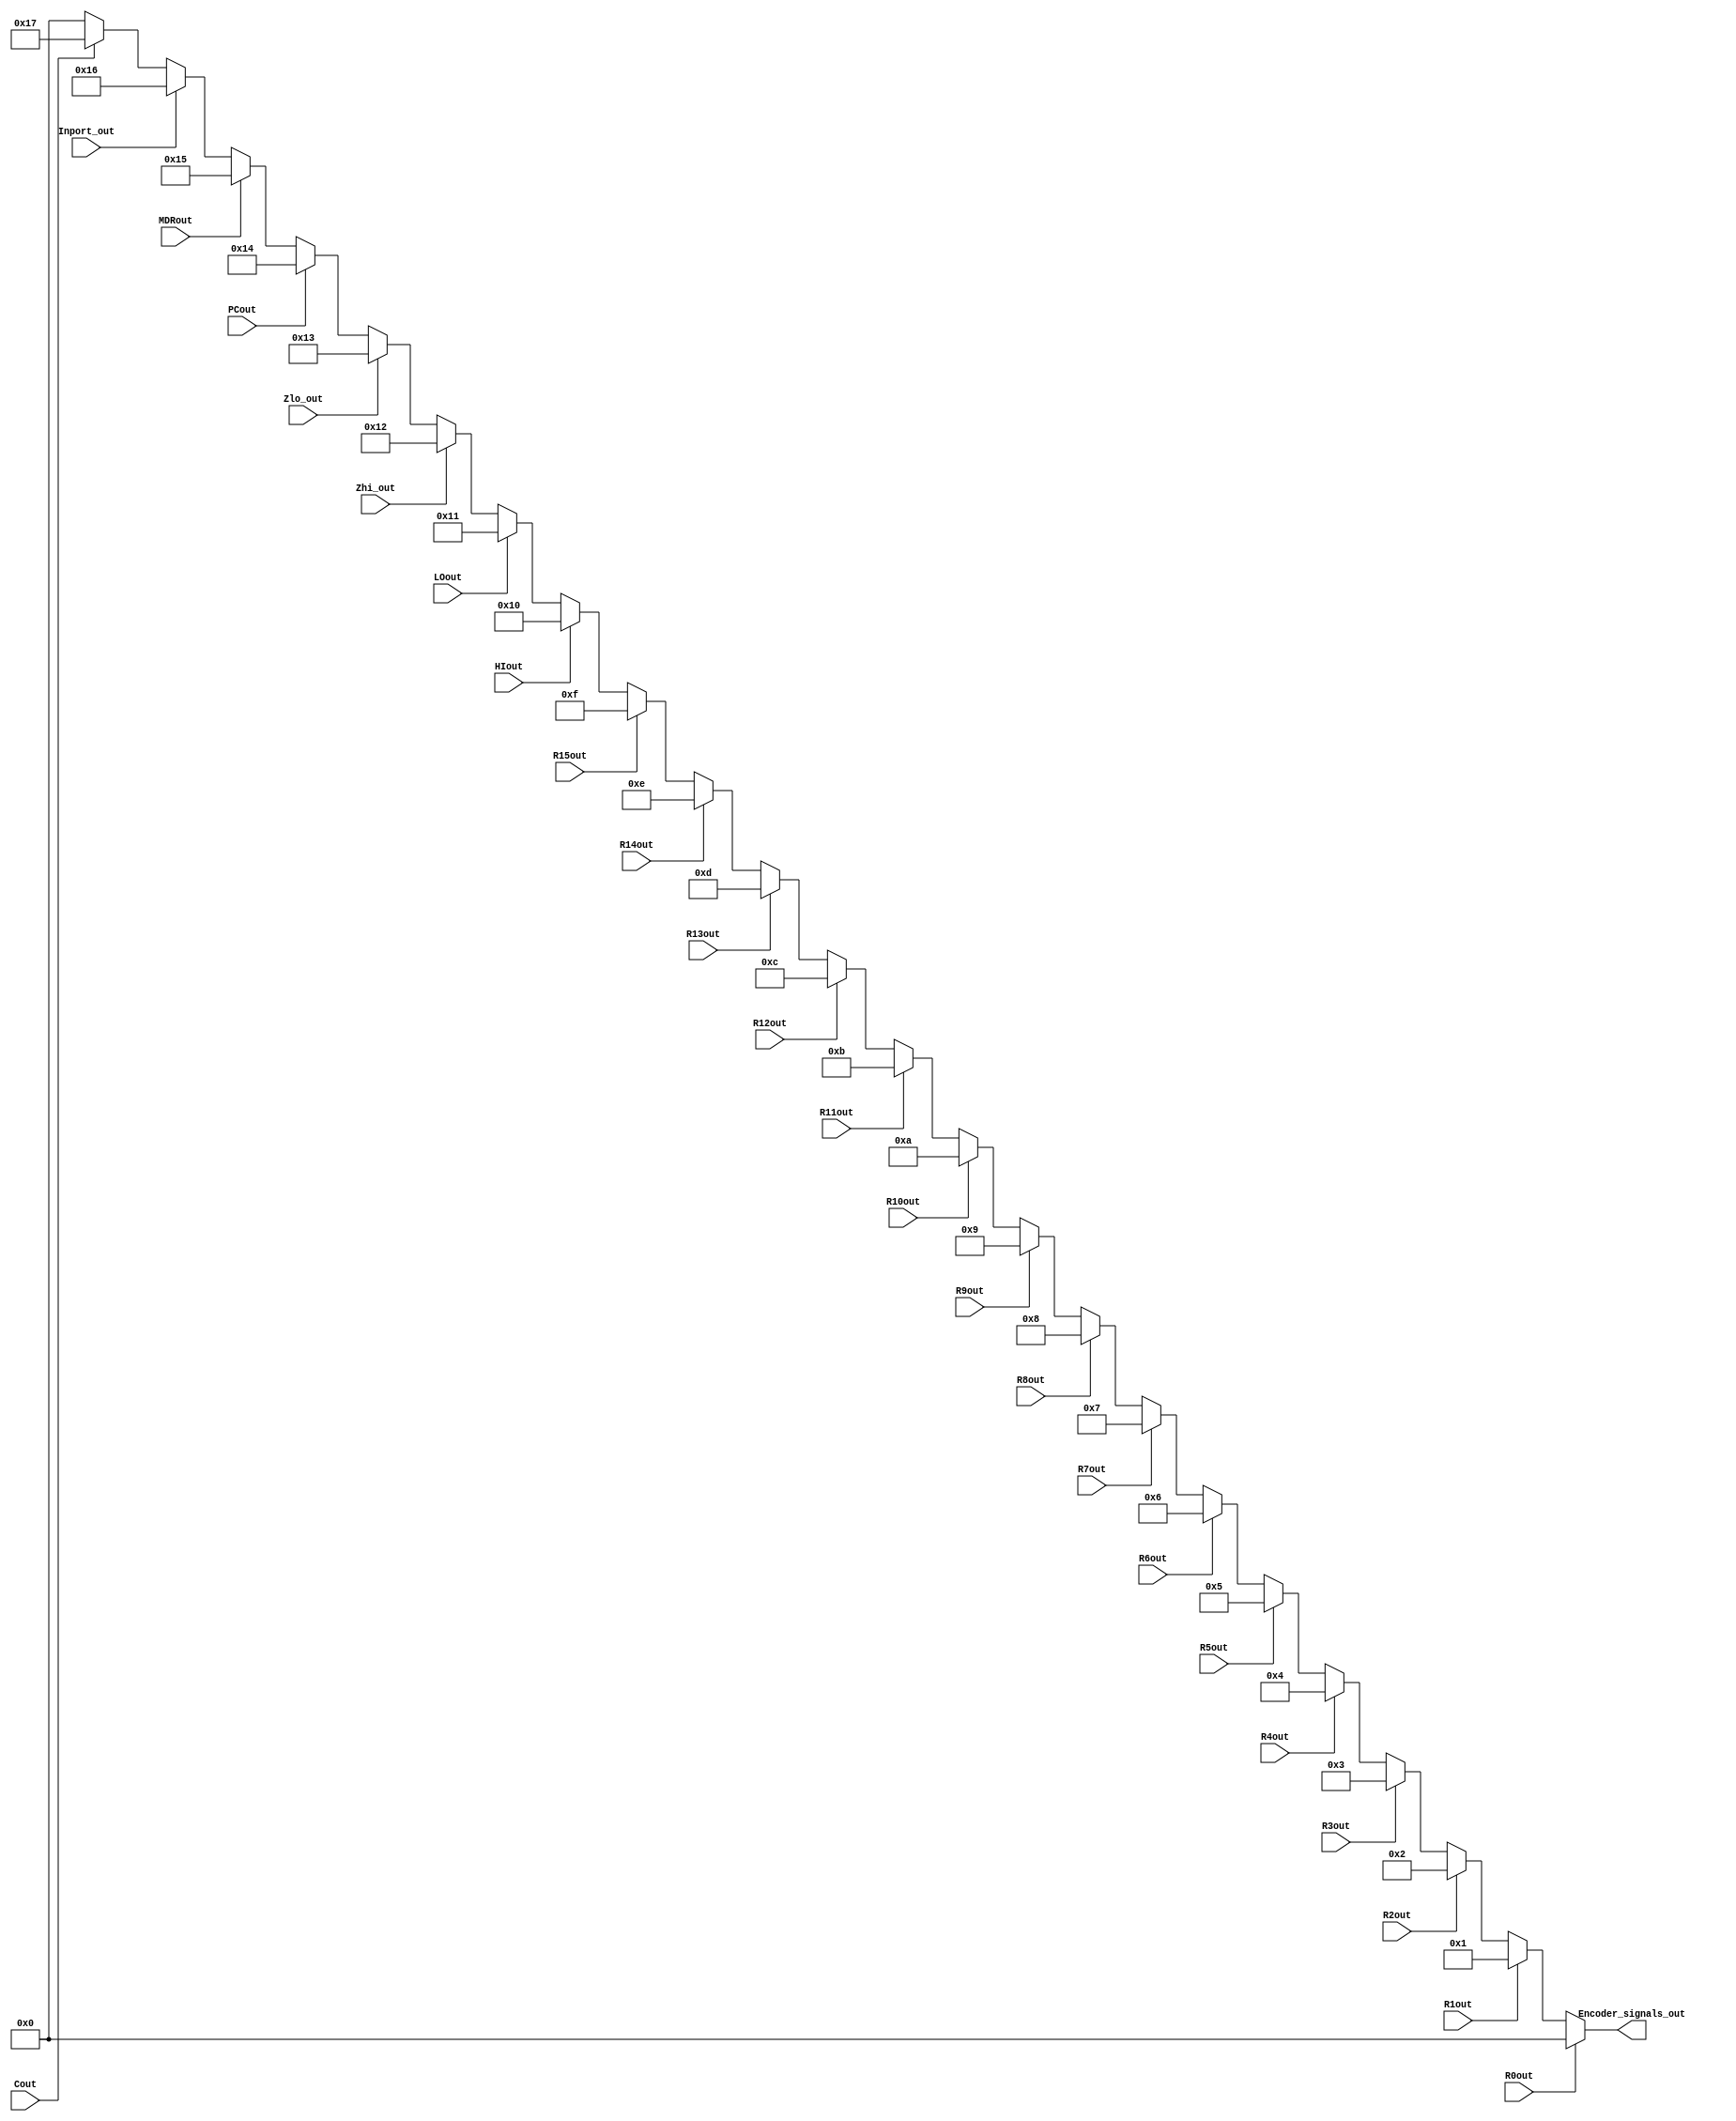
module Bus_Encoder (
    input wire HIout, LOout, Zhi_out, Zlo_out, PCout, MDRout, Inport_out, Cout, 
	 			R0out, R1out, R2out, R3out, R4out, R5out, R6out, R7out, R8out, R9out, R10out, R11out, R12out, R13out, R14out, R15out,
    output wire [4:0] Encoder_signals_out 
	//Why are we using a register instead of wires? -- this is becuase Enocoder_signals_out is modified in real-time in the always block
);

reg [4:0] enable_signals;


//NOTE: none of these inputs should be high at the same time. Only one can be driven
always @(*) begin
    case (1'b1) // Check which input line is high
        R0out: enable_signals = 5'd0;
        R1out: enable_signals = 5'd1;
        R2out: enable_signals = 5'd2;
        R3out: enable_signals = 5'd3;
        R4out: enable_signals = 5'd4;
        R5out: enable_signals = 5'd5;
        R6out: enable_signals = 5'd6;
        R7out: enable_signals = 5'd7;
        R8out: enable_signals = 5'd8;
        R9out: enable_signals = 5'd9;
        R10out: enable_signals = 5'd10;
        R11out: enable_signals = 5'd11;
        R12out: enable_signals = 5'd12;
        R13out: enable_signals = 5'd13;
        R14out: enable_signals = 5'd14;
        R15out: enable_signals = 5'd15;

        HIout: enable_signals = 5'd16;
        LOout: enable_signals = 5'd17;
        Zhi_out: enable_signals = 5'd18;
        Zlo_out: enable_signals = 5'd19;
        PCout: enable_signals = 5'd20;
        MDRout: enable_signals = 5'd21;
        Inport_out: enable_signals = 5'd22;
        Cout: enable_signals = 5'd23;
        default: enable_signals = 5'b00000; // Zero if no signal is active
    endcase
end

assign Encoder_signals_out = enable_signals;

endmodule